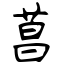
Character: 菖